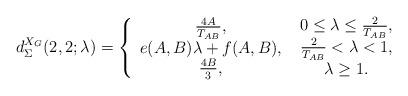
LaTeX: \begin{align*}d_\Sigma ^{{X_G}}(2,2;\lambda ) = \left\{ {\begin{array}{*{20}{c}}{{\textstyle{{4A} \over {{T_{AB}}}}},}\\{e(A,B)\lambda + f(A,B),}\\{\frac{{4B}}{3},}\end{array}} \right.\begin{array}{*{20}{c}}{0 \le \lambda \le {\textstyle{2 \over {{T_{AB}}}}},}\\{{\textstyle{2 \over {{T_{AB}}}}} < \lambda < 1,}\\{\lambda \ge 1.}\end{array}\end{align*}